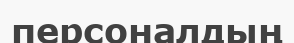
персоналдың